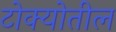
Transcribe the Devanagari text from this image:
टोक्योतील